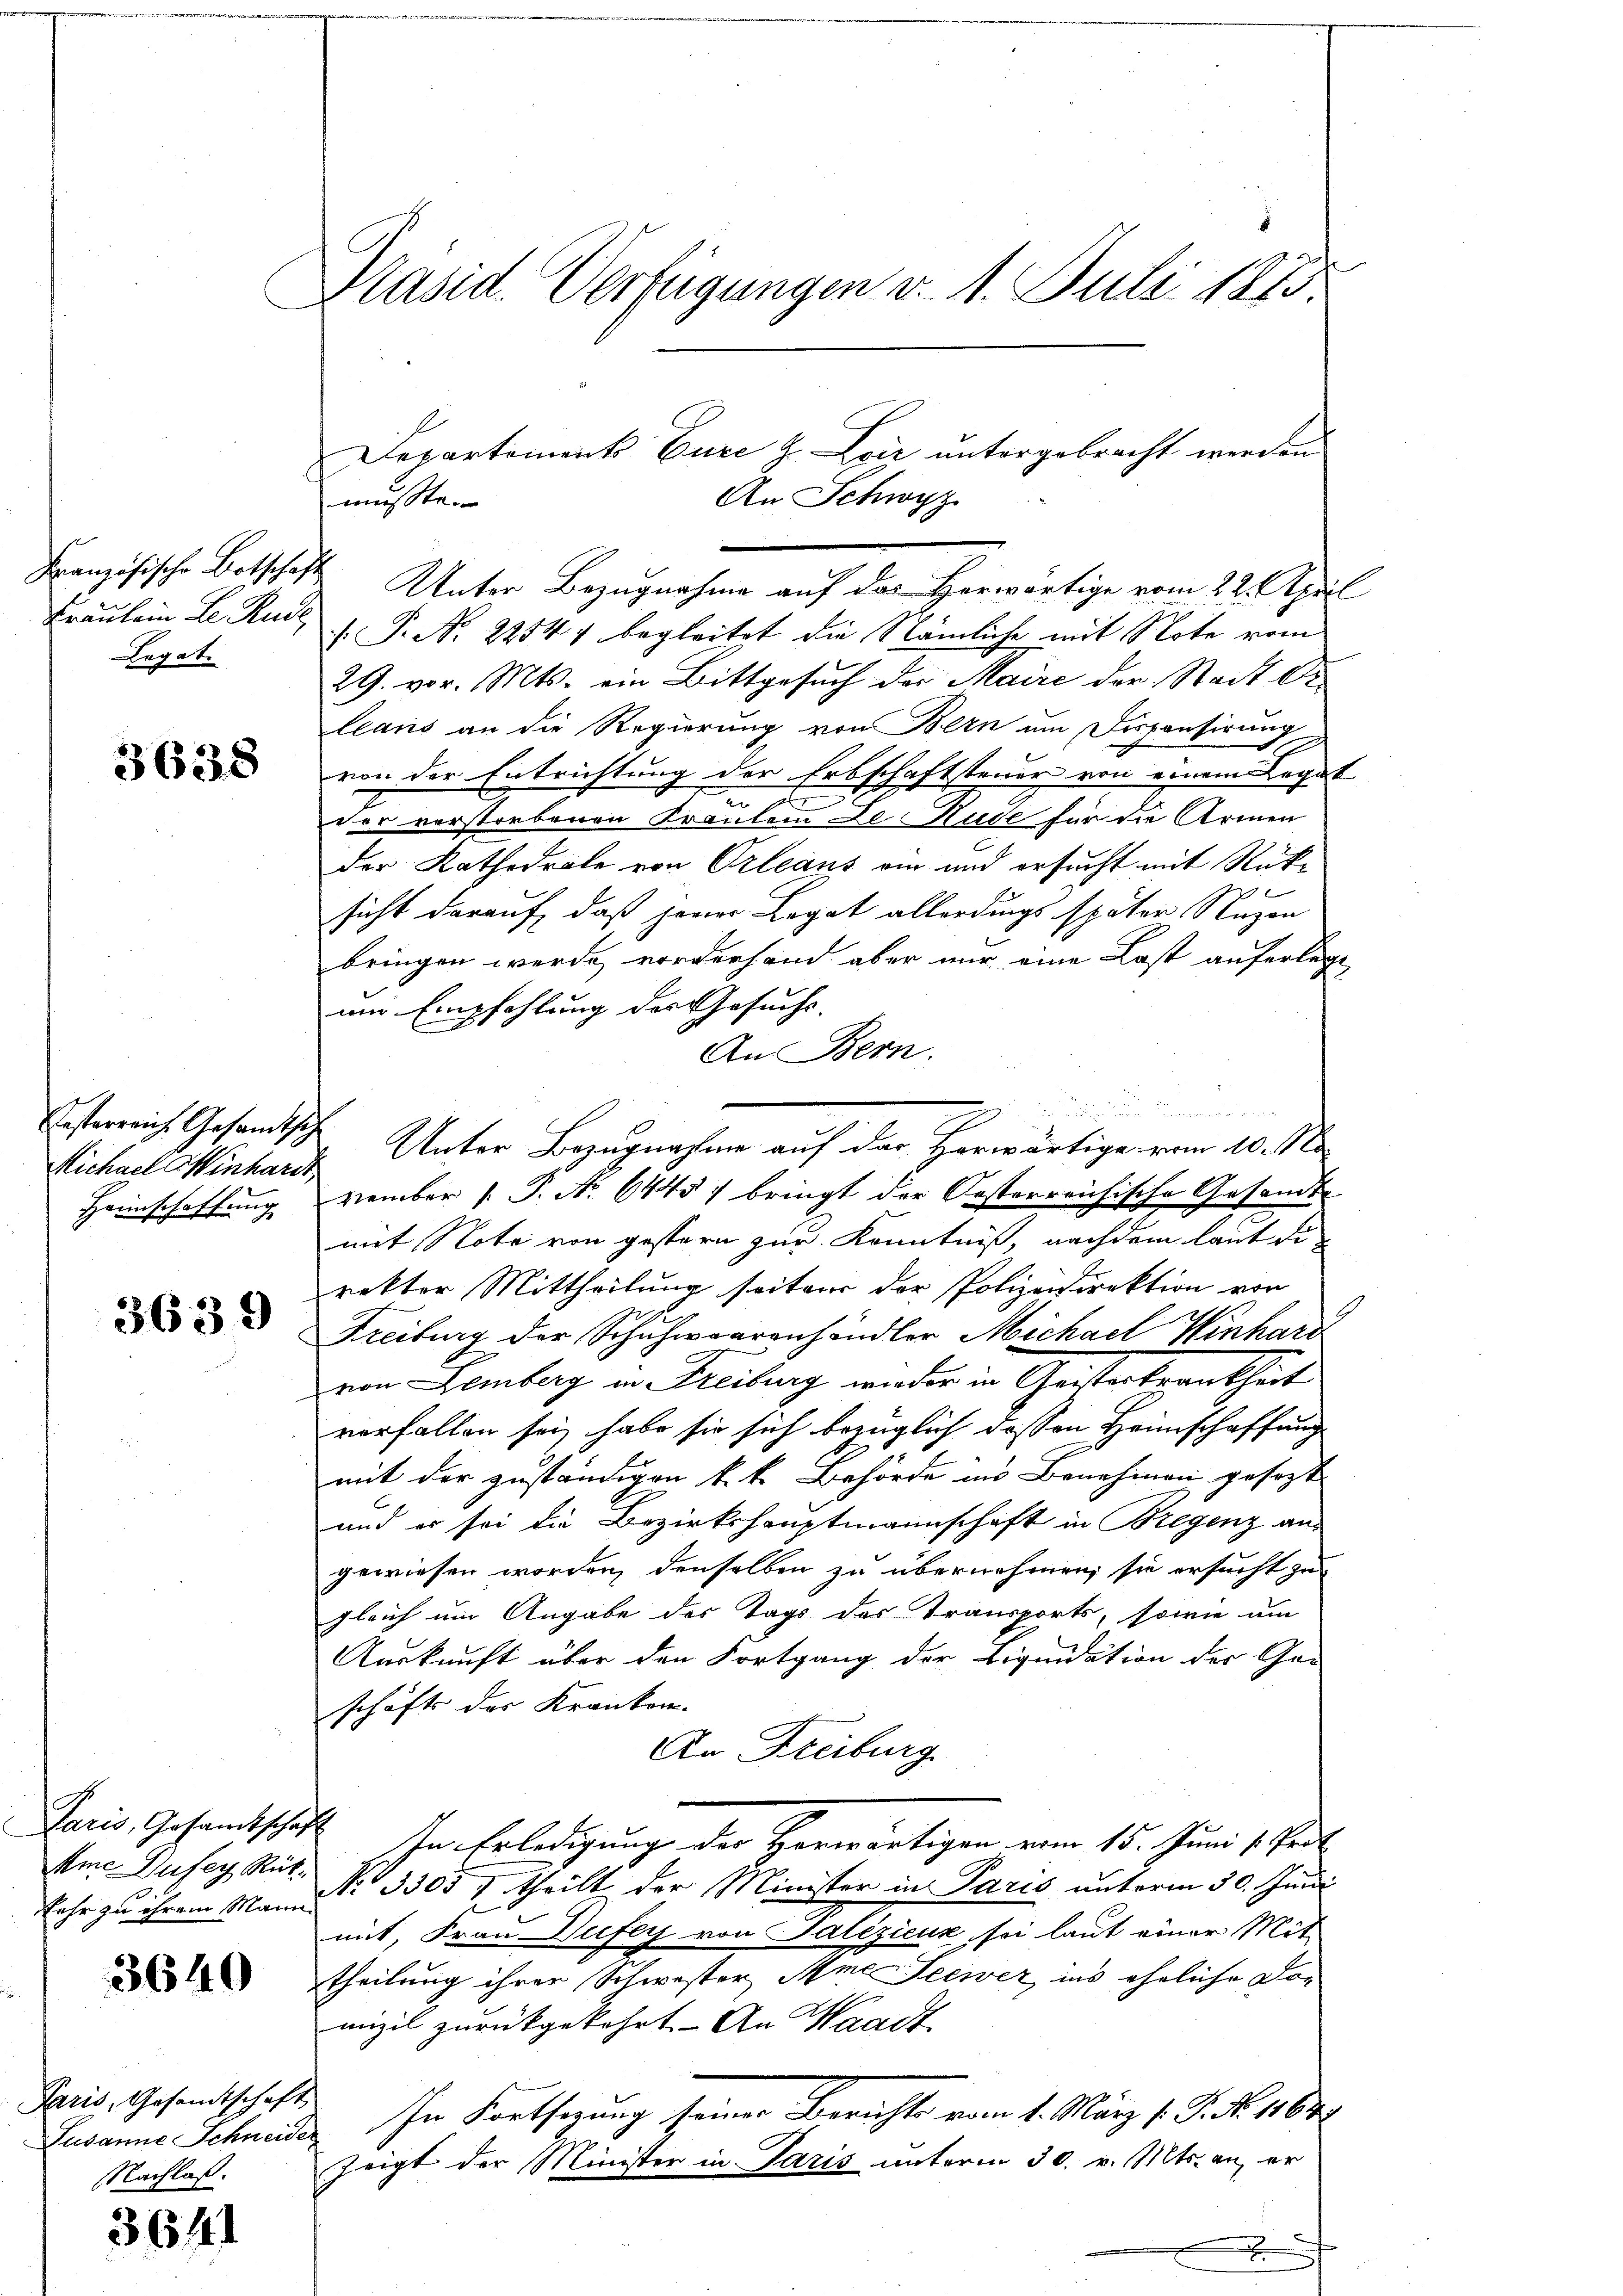
Französische Botschaft
Fräulein L. Rud
Legat

3638

Österreich Gesandtsch
Michael Hinhardt,
Heimschaffung

3639

Paris, Gesandtscha
Mme Dufey Rük¬

3640

Paris, Gesandtschaft,
Susanne Schneide
Nachlaß.

364)

Präsid. Verfügungen d. 1. Juli 1873

Departement Eure & Loir untergebracht werden
An Schwyz.
musste.
Unter Bezugnahme auf das Horwärtige vom 22. April
.P. Nr. 22541 begleitet die Nämliche mit Note vom
29. vor. Mts. ein Bittgesuch der Maire der Stadt Orleans an die Regierung von Bern um Dispensirung
von der Entrichtung der Erbschaftsteuer von einem Legat
in
der verstorbenen Franten De Hude für die Armen
der Kathedrale von Orleans ein und ersucht mit Rück¬

sicht darauf, daß jener Legat allerdings später Nuzen
bringen werde vorderhand aber nur eine Last auferlege
um Empfehlung des Gesuchs-
An Bern.
.
Unter Bezugnahme auf der Herwärtige von 10. Ma
vember 1. P. Nr. 6445 f bringt der Oesterreichische Gesandt-
mit Note von gestern zur Kenntniß, nachdem laut di
rektor Mittheilung seiten der Polizeidirektion von
Freiburg der Schuhwaarenhändler Michael Winhard
von Lemberg in Freiburg wieder in Geisterkrankheit
verfallen sei, habe sie sich bezüglich dessen Heimschaffung
mit der zuständigen k. k. Behörde ins Benehmen gesagt
und es sei die Bezirkshauptmannschaft in Bregenz aus
gewiesen worden, denselben zu übernehmen, sie ersucht zu
gleich um Angabe des Tags des Transports, sowie um
Auskunft über den Fortgang der Liquidation des Gar-
schäfts der Kranken.
An Freiburg
I. In Erledigung der Herwärtigen vom 15. Juni l. Juni
Fehr zu ihrem Mann No 3300 f theilt der Minister in Paris unterm 30. Juni
mit, Frau Dufey von Salezicuk, sei laut einer Mit
theilung ihrer Schwester Mine Seewer, ins eheliche Dor
mizil zurückgekehrt. - An Waadt,
In Fortsetzung seiner Berichts vom 1. März l. J. N. 182
zeigt der Minister in Paris unterm 30. v. Mts. an er